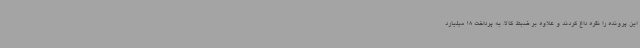
این پرونده را نقره داغ کردند و علاوه بر ضبط کالا، به پرداخت 18 میلیارد